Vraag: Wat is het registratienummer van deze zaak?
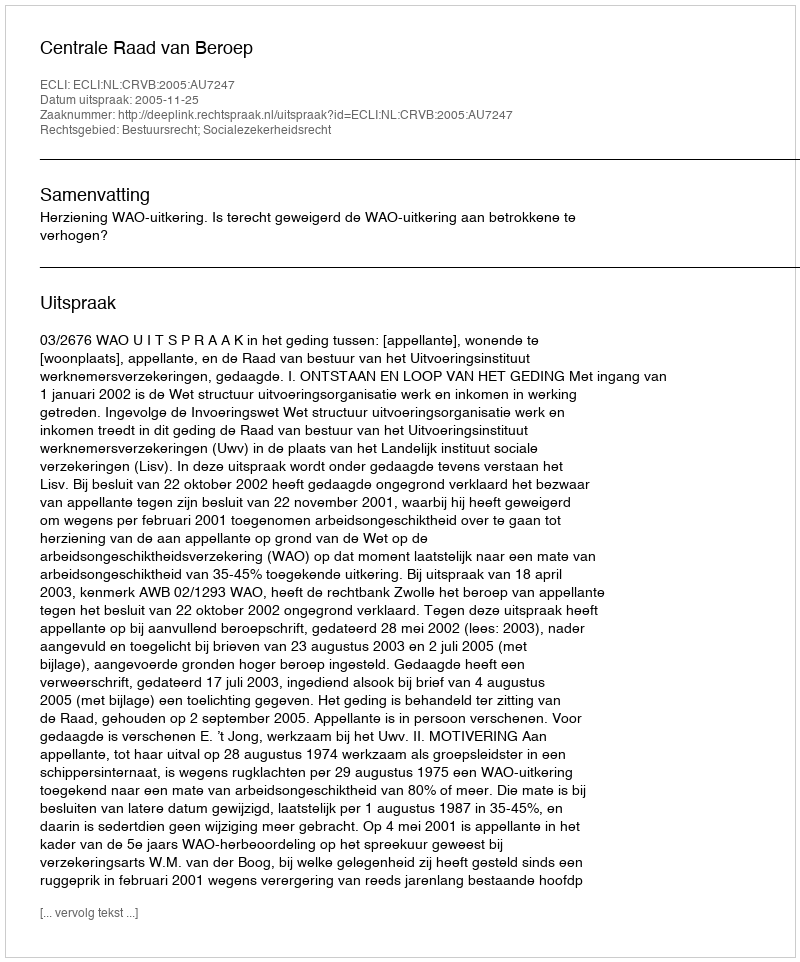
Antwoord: http://deeplink.rechtspraak.nl/uitspraak?id=ECLI:NL:CRVB:2005:AU7247